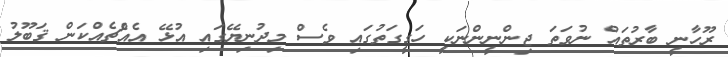
ރޫހާނީ ބާރުތައް ނުވަތަ ޖިންނީންނަކީ ހަގީގަތުގައި ވެސް މިދުނިޔޭގައި އުޅޭ އެއްެޗެއްކަން ޤަބޫލު